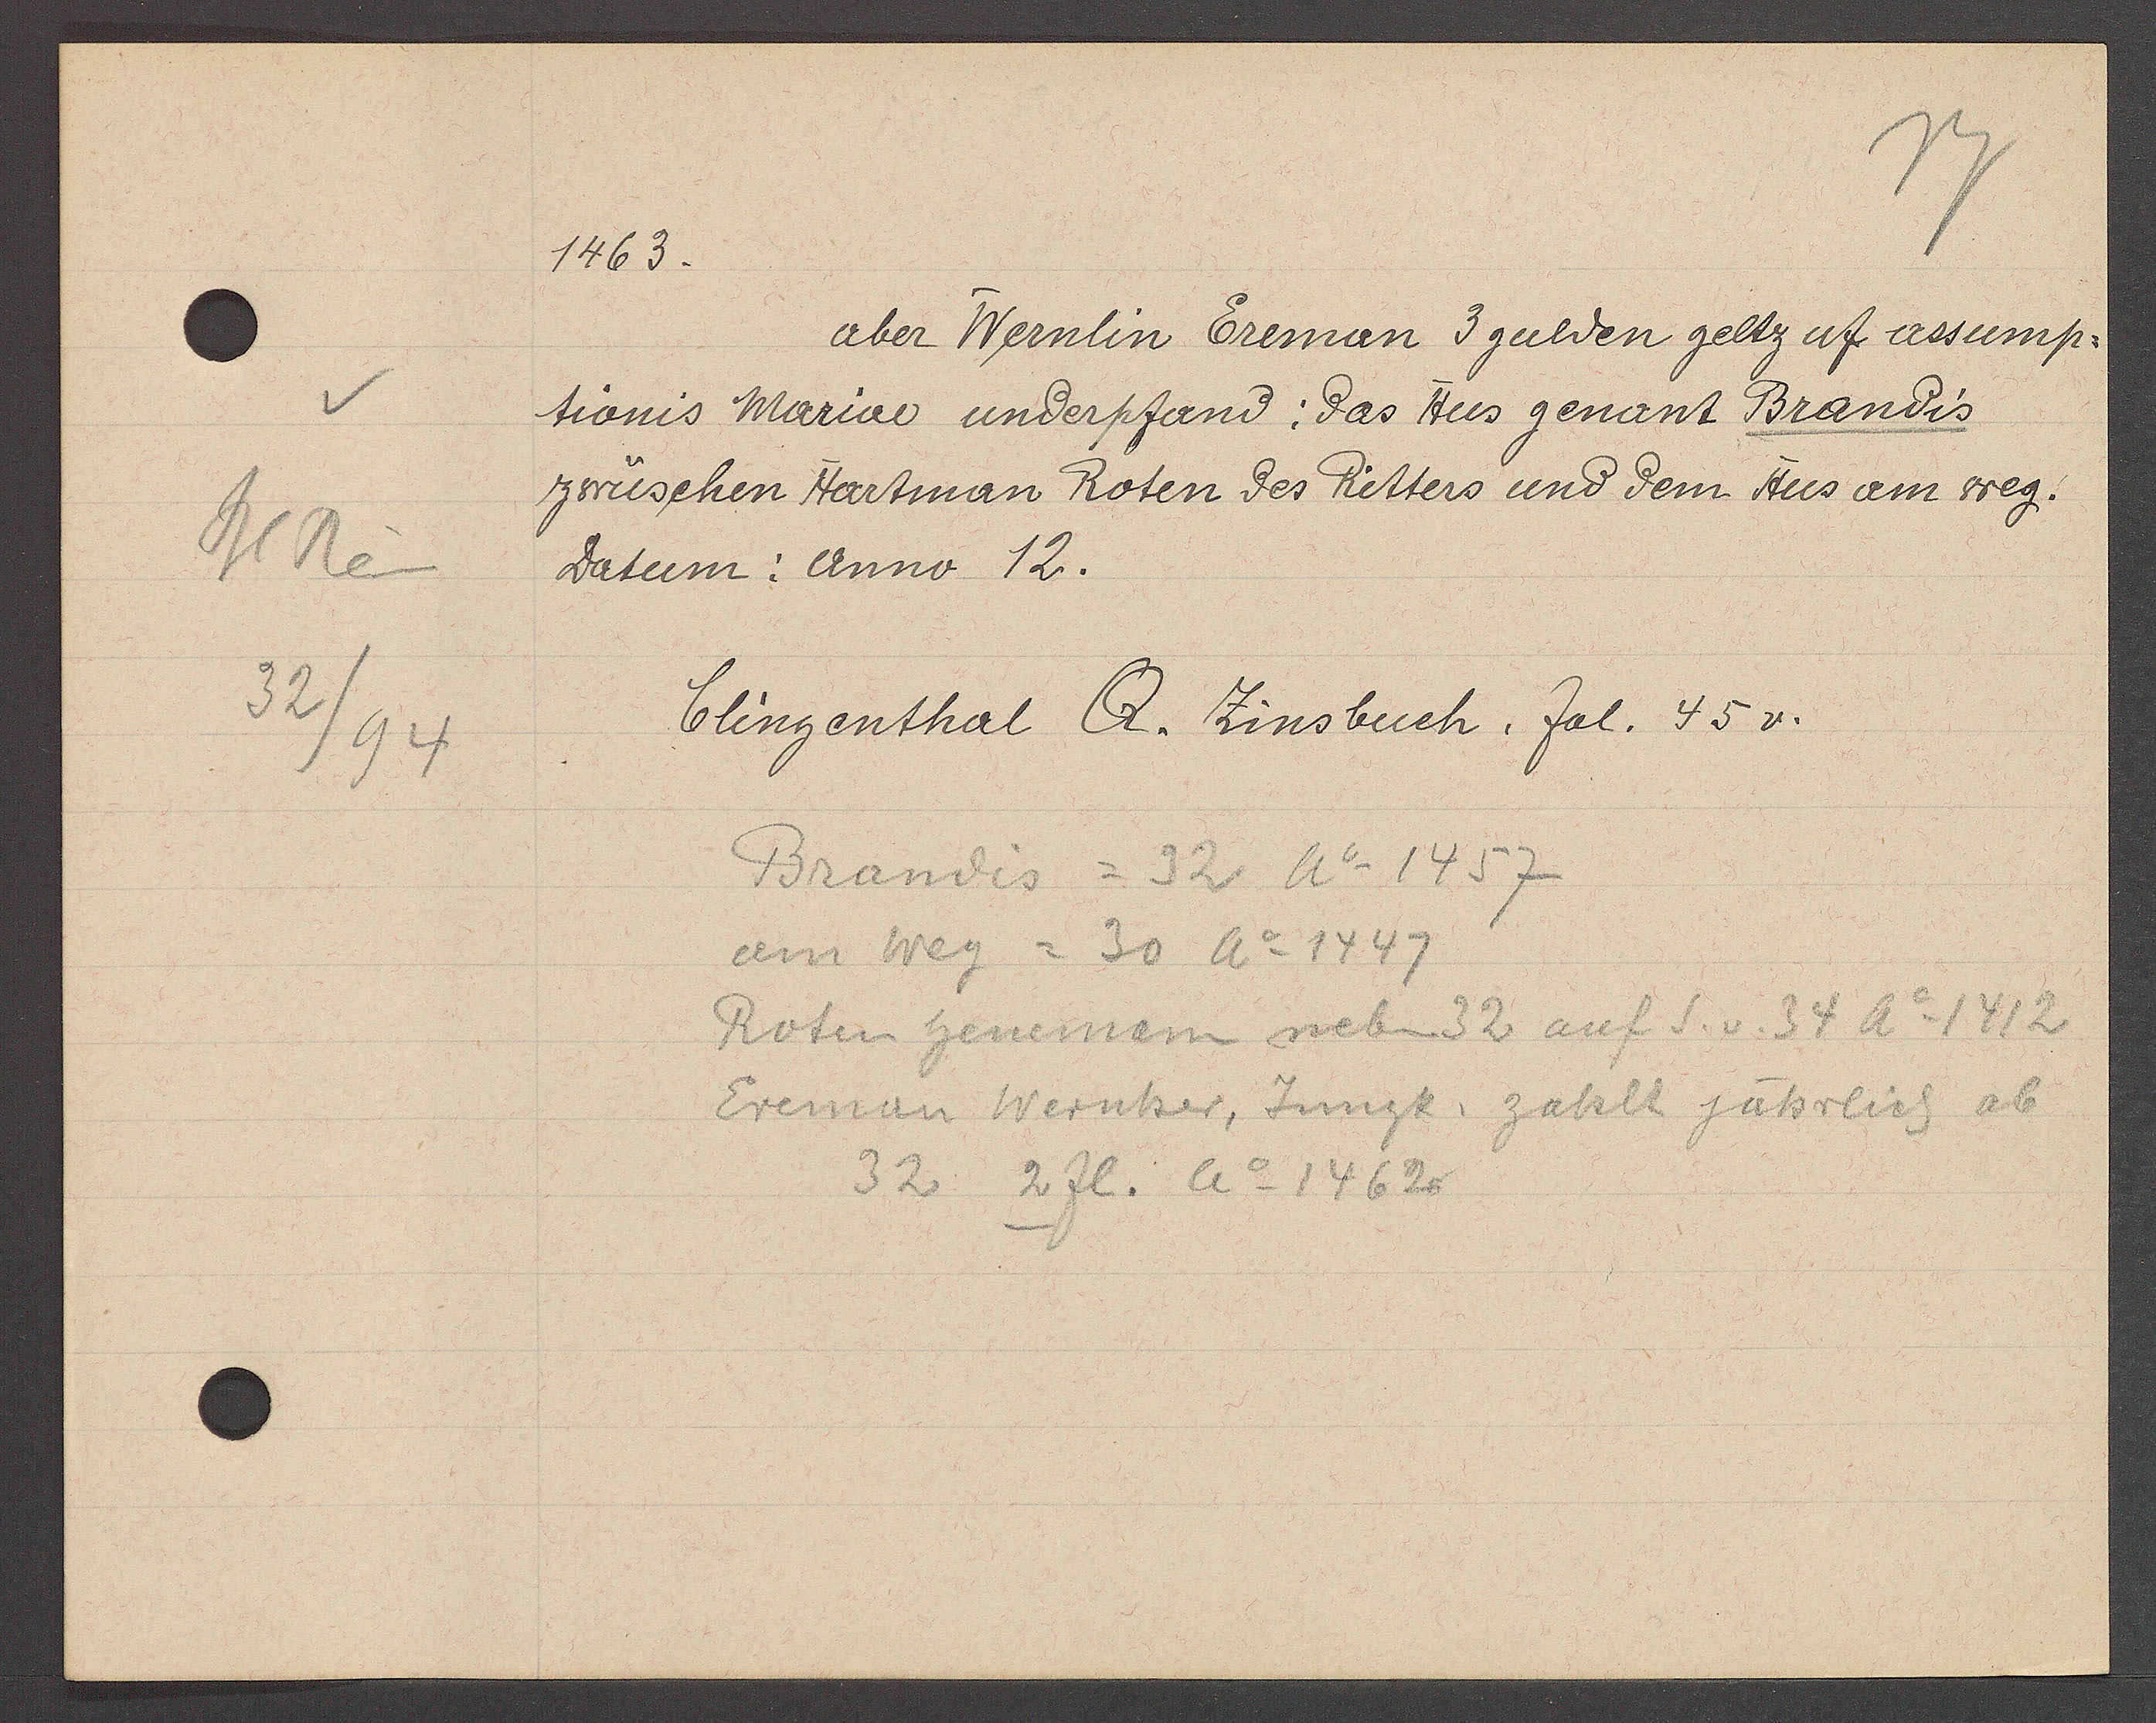
Transcript:
Bl Rein
32
/94

1463.

aber Wernlin Ereman 3 gulden geltz uf assump-
tionis Mariae underpfand: das Hus genant Brandis
zwüschen Hartman Roten des Ritters und dem Hus am weg.
Datum: Anno 12.

Clingenthal Q. Zinsbuch. fol. 45v.

Brandis = 32 Ao 1457
am Weg = 30 Ao 1447
Rotin heneman neben 32 auf S. v. 34 Ao 1412
Ereman Wernher, Jungk. zahlt jährlich ab
32 2 fl. Ao 1462